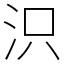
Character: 𣲵